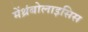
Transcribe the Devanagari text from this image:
मेंथ्रंबोलाइसिस